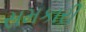
સમકારી